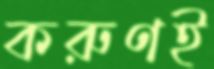
করুণই